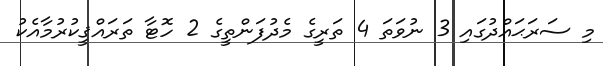
މި ސަރަޙައްދުގައި 3 ނުވަތަ 4 ތަރީގެ މެދުފަންތީގެ 2 ހޮޓާ ތަރައްޤީކުރުމާއެކު